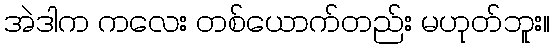
အဲဒါက ကလေး တစ်ယောက်တည်း မဟုတ်ဘူး။